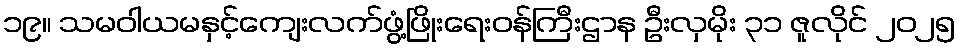
၁၉။ သမဝါယမနှင့်ကျေးလက်ဖွံ့ဖြိုးရေးဝန်ကြီးဌာန ဦးလှမိုး ၃၁ ဇူလိုင် ၂၀၂၅